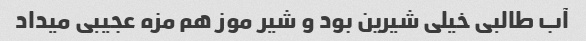
آب طالبی خیلی شیرین بود و شیر موز هم مزه عجیبی میداد